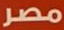
مصر